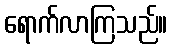
ရောက်လာကြသည်။